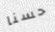
حسنا